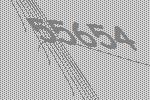
55654